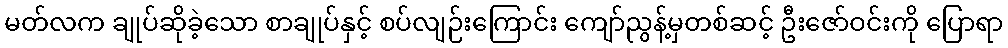
မတ်လက ချုပ်ဆိုခဲ့သော စာချုပ်နှင့် စပ်လျဉ်းကြောင်း ကျော်ညွန့်မှတစ်ဆင့် ဦးဇော်ဝင်းကို ပြောရာ